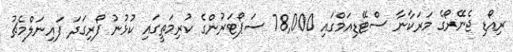
ރިއޯޑި ޖެނޭރޯގެ މަރަކާނާ ސްޓޭޑިއަމްގައި 78